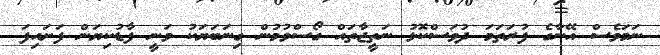
ނަމަވެސް އޭނާގެ ފުރަތަމަ ދުވަސްކޮޅު ނަތީޖާތައް ގޯސްވުމުން ގިނަބަޔަކު ވަނީ ފާޑުކިޔަން ފަށައިފަ